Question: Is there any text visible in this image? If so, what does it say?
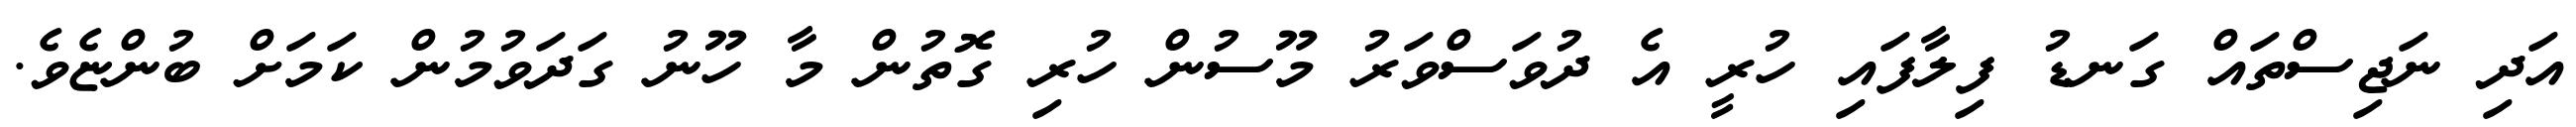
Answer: އަދި ނަޖިސްތައް ގަނޑު ފިލާފައި ހުރީ އެ ދުވަސްވަރު މޫސުން ހުރި ގޮތުން މާ ހޫނު ގަދަވުމުން ކަމަށް ބުންޏެވެ.